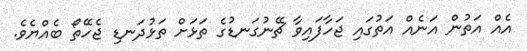
އެއް އަތުން އަނެއް އަތުގައި ޖަހާފައިވާ ޗޭނުގަނޑުގެ ތަޅަށް ތަޅުދަނޑި ޖެހޭތޯ ބެއްޔެވެ.